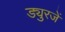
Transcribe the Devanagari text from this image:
ड्युरजें